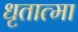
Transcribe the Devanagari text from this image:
धृतात्मा